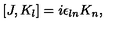
[ J , K _ { l } ] = i \epsilon _ { l n } K _ { n } ,